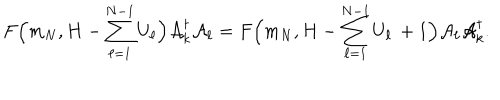
F \Big ( m _ { N } , H - \sum _ { \ell = 1 } ^ { N - 1 } { U } _ { \ell } \Big ) { \cal A } _ { k } ^ { \dagger } { \cal A } _ { \ell } = F \Big ( m _ { N } , H - \sum _ { \ell = 1 } ^ { N - 1 } { U } _ { \ell } \, + 1 \Big ) { \cal A } _ { \ell } { \cal A } _ { k } ^ { \dagger } .